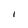
Character: I